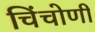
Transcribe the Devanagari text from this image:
चिंचोणी